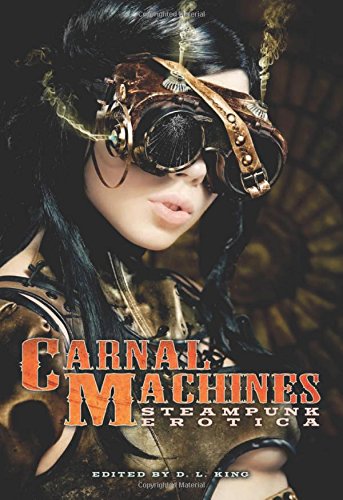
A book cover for Carnal Machines: Steampunk Erotica; Romance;